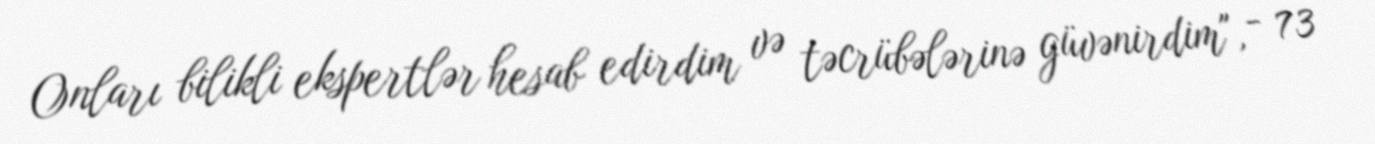
Onları bilikli ekspertlər hesab edirdim və təcrübələrinə güvənirdim", - 73